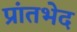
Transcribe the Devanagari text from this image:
प्रांतभेद